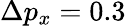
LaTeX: \Delta{p}_{x}=0.3